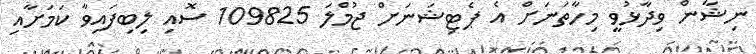
ނިޝާން ވިދާޅުވީ މިހާތަނަށް އެ ޕެޓިޝަނަށް ޖުމްލަ 109825 ސޮއި ލިބިފައިވާ ކަމަށާއި